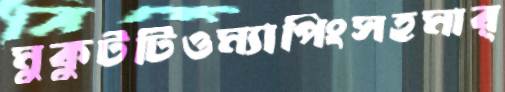
মুকুটটিওম্যাপিংসহমার্